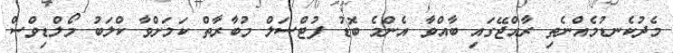
މެދުކެނޑުމެއްނެތި ރާއްޖޭގައި ބާއްވާ އެންމެ ބޮޑު ފުޓްސަލް މުބާރާތް ކަމަށްވާ ކްލަބު މޯލްޑިވްސް